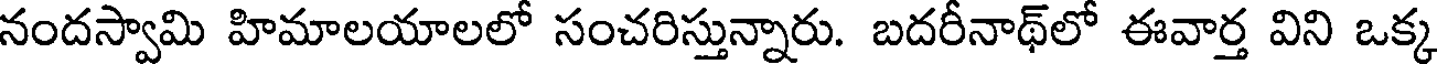
నందస్వామి హిమాలయాలలో సంచరిస్తున్నారు. బదరీనాథ్లో ఈవార్త విని ఒక్క